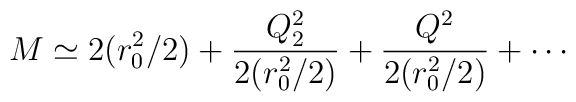
M \simeq  2 (r_0^2 /2) + \frac{Q_2^2}{2 (r_0^2 /2 )}    + \frac{Q^2}{2 (r_0^2 /2 )} + \cdots